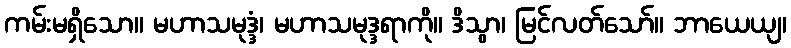
ကမ်းမရှိသော။ မဟာသမုဒ္ဒံ၊ မဟာသမုဒ္ဒရာကို။ ဒိသွာ၊ မြင်လတ်သော်။ ဘာယေယျ၊